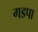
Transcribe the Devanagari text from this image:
गडपा